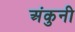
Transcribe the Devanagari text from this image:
अंकुनी